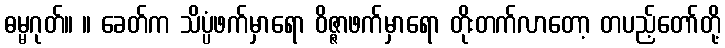
ဓမ္မဂုတ်။ ။ ခေတ်က သိပ္ပံဖက်မှာရော ဝိဇ္ဇာဖက်မှာရော တိုးတက်လာတော့ တပည့်တော်တို့